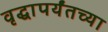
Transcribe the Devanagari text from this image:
वृद्धापर्यंतच्या